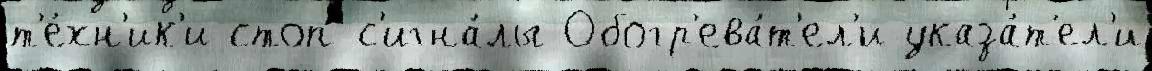
т'е́хн'ик'и стоп-с'игна́лы Обогр'ева́т'ел'и указа́т'ел'и